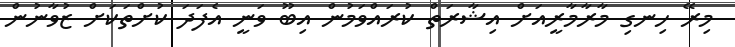
މިރޭ ހިނގި މާރާމާރީއަށް އިޝާރަތް ކުރައްވަމުން އިބޫ ވަނީ އެފަދަ ކުށްތަކަށް ޒުވާނުން